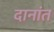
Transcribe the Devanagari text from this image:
दानांत